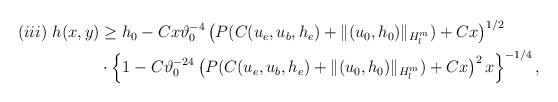
LaTeX: \begin{align*}\begin{aligned}(iii)\ h(x,y)& \geq h_0-Cx\vartheta_0^{-4}\left(P(C(u_e,u_b,h_e)+\Vert (u_0,h_0)\Vert_{H^m_l})+Cx\right)^{1/2}\\&\cdot\left\{1-C\vartheta_0^{-24}\left(P(C(u_e,u_b,h_e)+\Vert (u_0,h_0)\Vert_{H^m_l})+Cx\right)^2x\right\}^{-1/4},\end{aligned}\end{align*}